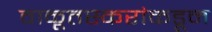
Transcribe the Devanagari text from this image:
वाळूतस्करांकडून